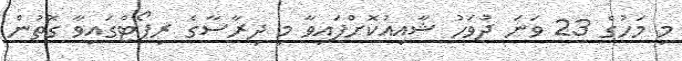
މި މަހުގެ 23 ވަނަ ދުވަހު ޝާއިއުކޮށްފައިވާ މި ދިރާސާގެ ރިޕޯޓްގައިވާ ގޮތުން